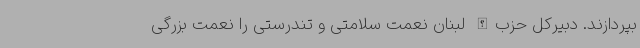
بپردازند. دبیرکل حزب‌الله لبنان نعمت سلامتی و تندرستی را نعمت بزرگی